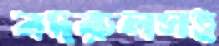
বদরুলসহ